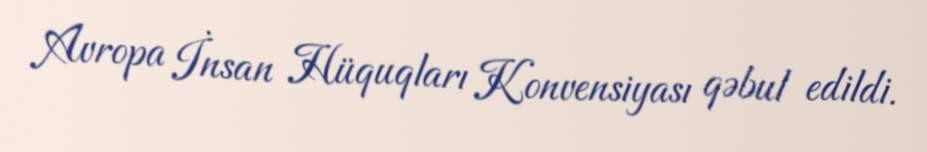
Avropa İnsan Hüquqları Konvensiyası qəbul edildi.